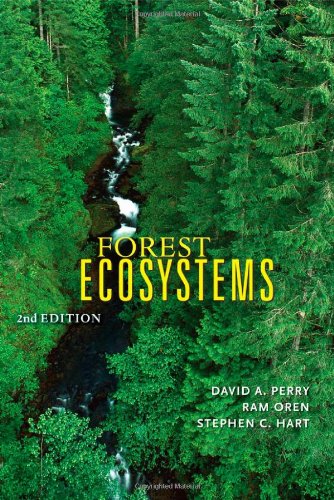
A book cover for Forest Ecosystems; David A. Perry; Science & Math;